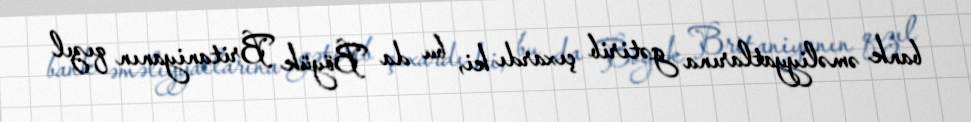
bank əməliyyatlarına gətirib çıxardı ki, bu da Böyük Britaniyanın qızıl